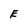
Character: E